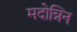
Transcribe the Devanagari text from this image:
मदोन्निन